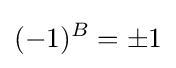
(-1)^{B}=\pm 1